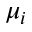
\mu _ { i }